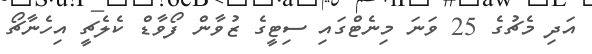
އަދި މެޗުގެ 25 ވަނަ މިނެޓްގައި ސިޓީގެ ޒުވާން ފޯވާޑް ކެލެޗީ އިހެނާޗޯ